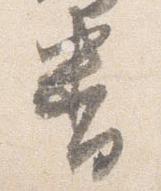
番